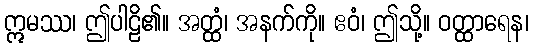
ဣမဿ၊ ဤပါဠိ၏။ အတ္ထံ၊ အနက်ကို။ ဧဝံ၊ ဤသို့။ ဝတ္ထာရေန၊